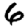
Digit: 6